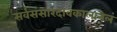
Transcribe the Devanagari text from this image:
सर्वसंसारदावकालानलं